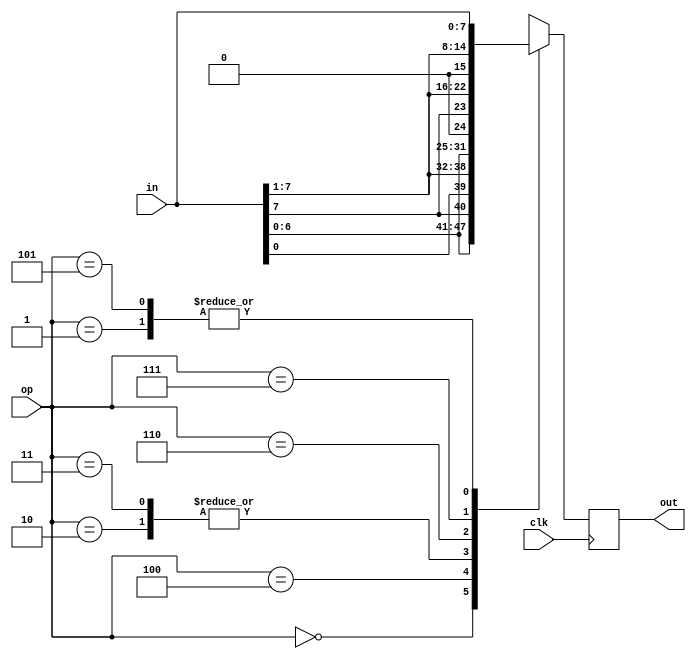
module shif_unit (clk,in,op,out);
	input clk;
	input signed [7:0] in;
	input [2:0] op;
	output reg [7:0] out;
	
	
	always @(posedge clk)begin
			
			case(op)
			3'b000: out<={in[6:0],in[7]}; //RTL
			3'b100: out<={in[0],in[7:1]}; //RTR
			3'b010: out<=in<<1;   			//SHL
			3'b011: out<=in<<1;				//SHL
			3'b110: out<=in>>>1;				//ASR
			3'b111: out<=in>>1;				//LSR
			3'b001: out<=in;					//no change
			3'b101: out<=in;					//no change
			endcase
			
	end
	
	
endmodule